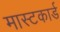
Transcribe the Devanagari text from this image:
मास्टकार्ड